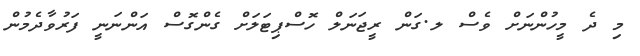
މި ދެ މީހުންނަށް ވެސް ލ.ގަން ރީޖަނަލް ހޮސްޕިޓަލަށް ގެންގޮސް އަންނަނީ ފަރުވާދެމުން